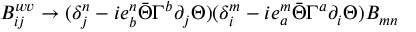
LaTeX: B _ { i j } ^ { w v } \rightarrow ( \delta _ { j } ^ { n } - i e _ { b } ^ { n } \bar { \Theta } \Gamma ^ { b } \partial _ { j } \Theta ) ( \delta _ { i } ^ { m } - i e _ { a } ^ { m } \bar { \Theta } \Gamma ^ { a } \partial _ { i } \Theta ) B _ { m n }